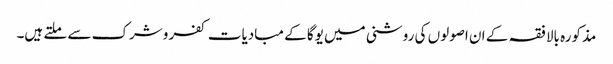
مذکورہ بالا فقہ کے ان اصولوں کی روشنی میں یوگا کے مبادیات کفر وشرک سے ملتے ہیں۔